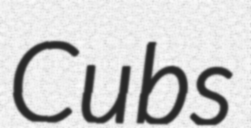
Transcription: Cubs